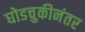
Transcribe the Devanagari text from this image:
घोडचुकीनंतर